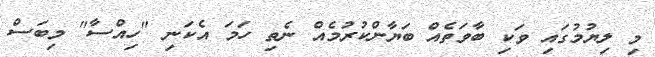
މި ލިޔުމުގައި ވަކި ބާވަތެއް ބަޔާންކުރުމެއް ނެތި ހަމަ އެކަނި "ހިއްސާ" މިބަސް